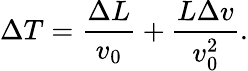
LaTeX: \Delta T=\frac{\Delta L}{v_{0}}+\frac{L\Delta v}{v_{0}^{2}}.